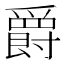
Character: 爵